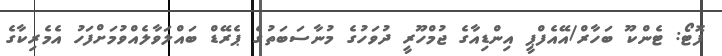
ފޮޓޯ: ޓެންކޫ ބަހާރް/އޭއެފްޕީ އިންޑިއާގެ ޖުމްހޫރީ ދުވަހުގެ މުނާސަބަތުގެ ޕެރޭޑް ބައްލަވާލެއްވުމަށްފަހު އެމެރިކާގެ